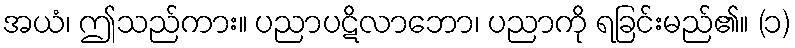
အယံ၊ ဤသည်ကား။ ပညာပဋိလာဘော၊ ပညာကို ရခြင်းမည်၏။ (၁)